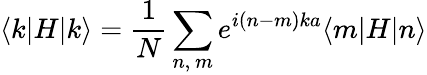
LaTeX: \langle k|H|k\rangle={\frac{1}{N}}\sum_{n,\ m}e^{i(n-m)ka}\langle m|H|n\rangle